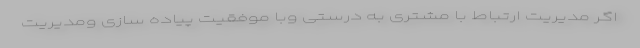
اگر مدیریت ارتباط با مشتری به درستی وبا موفقیت پیاده سازی ومدیریت